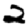
Digit: 2